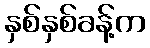
နှစ်နှစ်ခန့်က